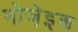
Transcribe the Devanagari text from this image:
मोजे़इक